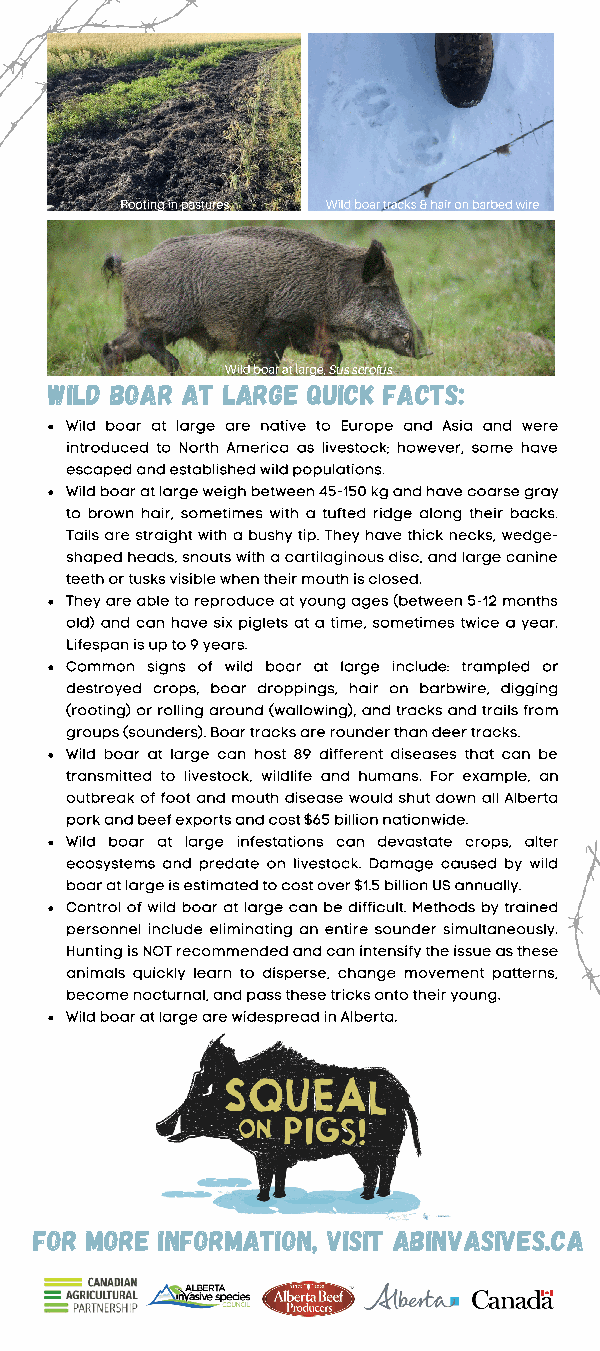
Rooting in pastures Wild boar tracks & hair on barbed wire
 Wild boar at large, Sus scrofus
 Wild boar at large quick facts:
 Wild boar at large are native to Europe and Asia and were
 introduced to North America as livestock; however, some have
 escaped and established wild populations.
 Wild boar at large weigh between 45-150 kg and have coarse gray
 to brown hair, sometimes with a tufted ridge along their backs.
 Tails are straight with a bushy tip. They have thick necks, wedge-
 shaped heads, snouts with a cartilaginous disc, and large canine
 teeth or tusks visible when their mouth is closed.
 They are able to reproduce at young ages (between 5-12 months
 old) and can have six piglets at a time, sometimes twice a year.
 Lifespan is up to 9 years.
 Common signs of wild boar at large include: trampled or
 destroyed crops, boar droppings, hair on barbwire, digging
 (rooting) or rolling around (wallowing), and tracks and trails from
 groups (sounders). Boar tracks are rounder than deer tracks.
 Wild boar at large can host 89 different diseases that can be
 transmitted to livestock, wildlife and humans. For example, an
 outbreak of foot and mouth disease would shut down all Alberta
 pork and beef exports and cost $65 billion nationwide.
 Wild boar at large infestations can devastate crops, alter
 ecosystems and predate on livestock. Damage caused by wild
 boar at large is estimated to cost over $1.5 billion US annually.
 Control of wild boar at large can be difficult. Methods by trained
 personnel include eliminating an entire sounder simultaneously.
 Hunting is NOT recommended and can intensify the issue as these
 animals quickly learn to disperse, change movement patterns,
 become nocturnal, and pass these tricks onto their young.
 Wild boar at large are widespread in Alberta.
 For more information, visit abinvasives.ca